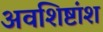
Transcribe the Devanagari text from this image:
अवशिष्टांश